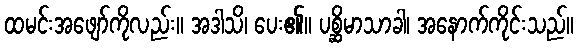
ထမင်းအဖျော်ကိုလည်း။ အဒါသိ၊ ပေး၏။ ပစ္ဆိမာသာခါ၊ အနောက်ကိုင်းသည်။